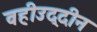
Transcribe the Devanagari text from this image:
वहीउद्दीन